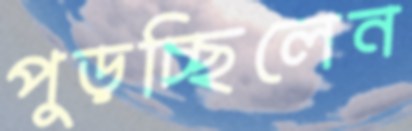
পুড়চ্ছিলেন